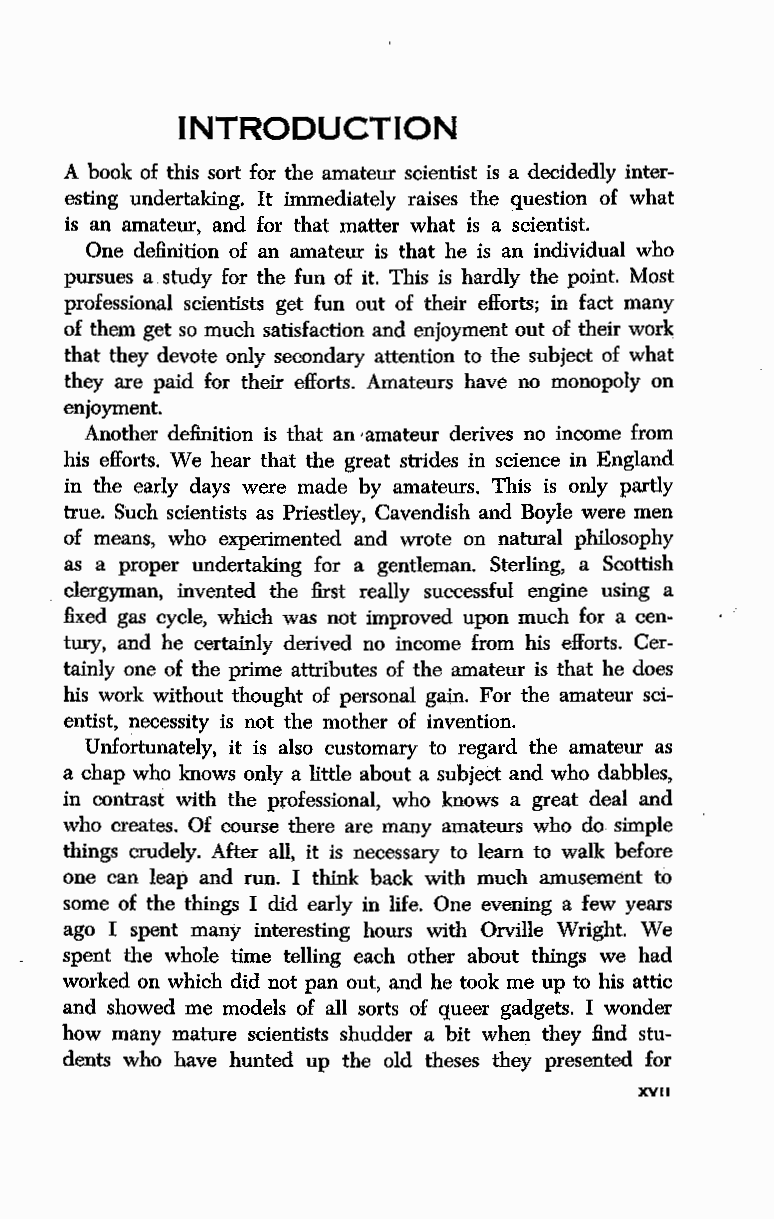
INTRODUCTION
 A book of this sort for the amateur scientist is a decidedly inter
 esting undertaking. It immediately raises the question of what
 is an amateur, and for that matter what is a scientist.
 One definition of an amateur is that he is an individual who
 pursues a study for the fun of it. This is hardly the point. Most
 professional scientists get fun out of their efforts; in fact many
 of them get so much satisfaction and enjoyment out of their work
 that they devote only secondary attention to the subject of what
 they are paid for their efforts. Amateurs have no monopoly on
 enjoyment.
 Another definition is that an ·amateur derives no income from
 his efforts. We hear that the great strides in science in England
 in the early days were made by amateurs. This is only ,p artly
 true. Such scientists as Priestley, Cavendish and Boyle were men
 of means, who experimented and wrote on natural philosophy
 as a proper undertaking for a gentleman. Sterling, a Scottish
 clergyman, invented the first really successful engine using a
 fixed gas cycle, which was not improved upon much for a cen
 tury, and he certainly derived no income from his efforts. Cer
 tainly one of the prime attributes of the amateur is that he does
 his work without thought of personal gain. For the amateur sci
 entist, necessity is not the mother of invention.
 Unfortunately, it is also customary to regard the amateur as
 a chap who knows only a little about a subject and who dabbles,
 in contrast with the professional, who knows a great deal and
 who creates. Of course there are many amateurs who do simple
 things crudely. After all, it is necessary to learn to walk before
 one can leap and run. I think back with much amusement to
 some of the things I did early in life. One evening a few years
 ago I spent many interesting hours with Orville Wright. We
 spent the whole time telling each other about things we had
 worked on which did not pan out, and he took me up to his attic
 and showed me models of all sorts of queer gadgets. I wonder
 how many mature scientists shudder a bit when they find stu
 dents who have hunted up the old theses they presented for
 XVII